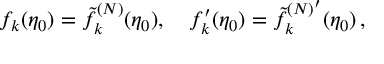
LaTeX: f _ { k } ( \eta _ { 0 } ) = \tilde { f } _ { k } ^ { ( N ) } ( \eta _ { 0 } ) , \quad f _ { k } ^ { \prime } ( \eta _ { 0 } ) = { \tilde { f } _ { k } ^ { ( N ) ^ { \scriptstyle \prime } } } ( \eta _ { 0 } ) \, ,